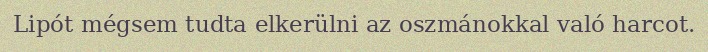
Lipót mégsem tudta elkerülni az oszmánokkal való harcot.